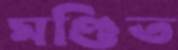
মণ্ডিত